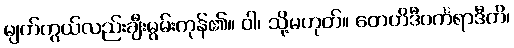
မျက်ကွယ်လည်းချီးမွမ်းကုန်၏။ ဝါ၊ သို့မဟုတ်။ တေဟိဒီဝင်္ကရာဒီတိ၊